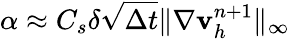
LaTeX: \alpha\approx C_{s}\delta\sqrt{\Delta t}\| \nabla\mathbf v_{h}^{n+1}\| _{\infty}